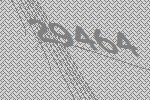
29464